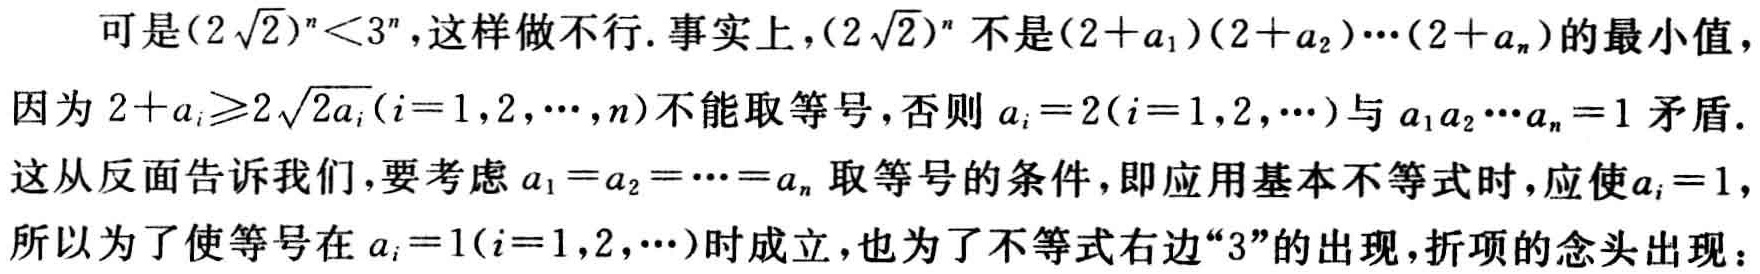
可是\((2\sqrt{2})^n<3^n\)，这样做不行. 事实上，\((2\sqrt{2})^n\)不是\((2 + a_1)(2 + a_2)\cdots(2 + a_n)\)的最小值，因为\(2 + a_i\geqslant2\sqrt{2a_i}(i = 1,2,\cdots,n)\)不能取等号，否则\(a_i = 2(i = 1,2,\cdots)\)与\(a_1a_2\cdots a_n = 1\)矛盾. 这从反面告诉我们，要考虑\(a_1 = a_2=\cdots=a_n\)取等号的条件，即应用基本不等式时，应使\(a_i = 1\)，所以为了使等号在\(a_i = 1(i = 1,2,\cdots)\)时成立，也为了不等式右边“\(3\)”的出现，折项的念头出现：